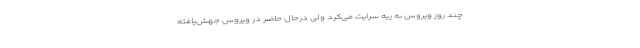
چند روز ویروس به ریه سرایت می‌کرد ولی درحال حاضر در ویروس جهش‌یافته